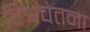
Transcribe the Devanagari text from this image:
विश्वचेतना